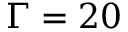
\Gamma = 2 0